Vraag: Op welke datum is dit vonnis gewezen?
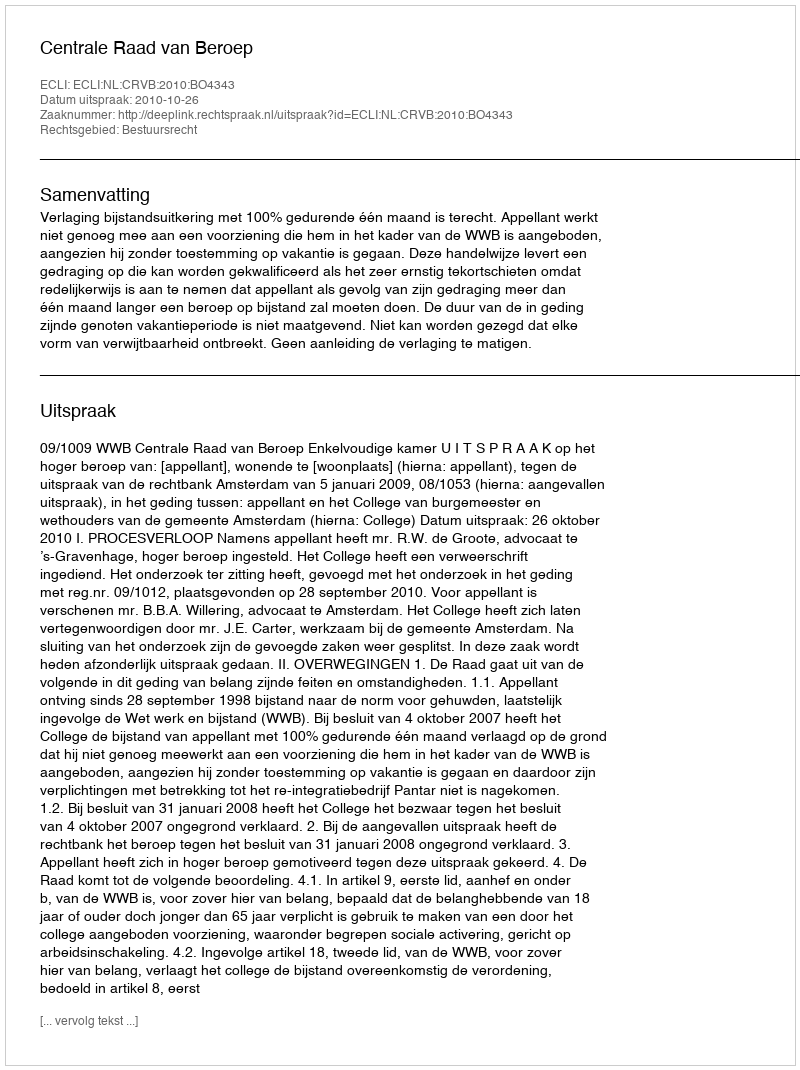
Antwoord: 2010-10-26